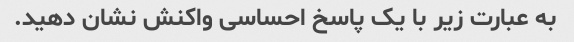
به عبارت زیر با یک پاسخ احساسی واکنش نشان دهید.